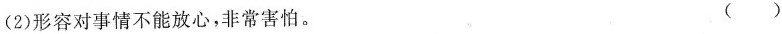
(2)形容对事情不能放心，非常害怕。 ()